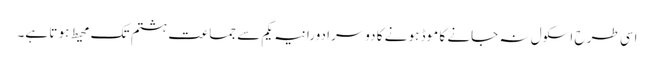
اسی طر ح اسکول نہ جانے کا موڈ ہو نے کا دوسرا دورانیہ یکم سے جما عت ہشتم تک محیط ہو تا ہے۔